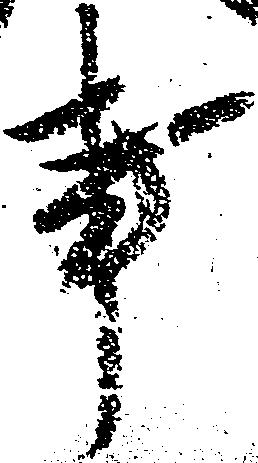
事